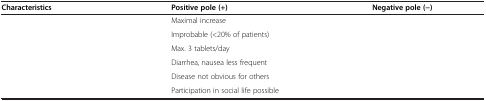
<table><thead><tr><td><b>Characteristics</b></td><td><b>Positive pole (+)</b></td><td><b>Negative pole (-)</b></td></tr></thead><tbody><tr><td>[EMPTY_CELL]</td><td>Maximal increase</td><td>[EMPTY_CELL]</td></tr><tr><td>[EMPTY_CELL]</td><td>Improbable (&lt;20% of patients)</td><td>[EMPTY_CELL]</td></tr><tr><td>[EMPTY_CELL]</td><td>Max. 3 tablets/day</td><td>[EMPTY_CELL]</td></tr><tr><td>[EMPTY_CELL]</td><td>Diarrhea, nausea less frequent</td><td>[EMPTY_CELL]</td></tr><tr><td>[EMPTY_CELL]</td><td>Disease not obvious for others</td><td>[EMPTY_CELL]</td></tr><tr><td>[EMPTY_CELL]</td><td>Participation in social life possible</td><td>[EMPTY_CELL]</td></tr></tbody></table>